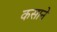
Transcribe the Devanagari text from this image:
कसाने